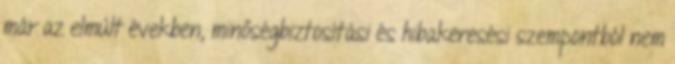
már az elmúlt években, minőségbiztosítási és hibakeresési szempontból nem